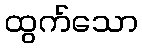
ထွက်သော